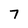
Character: 7